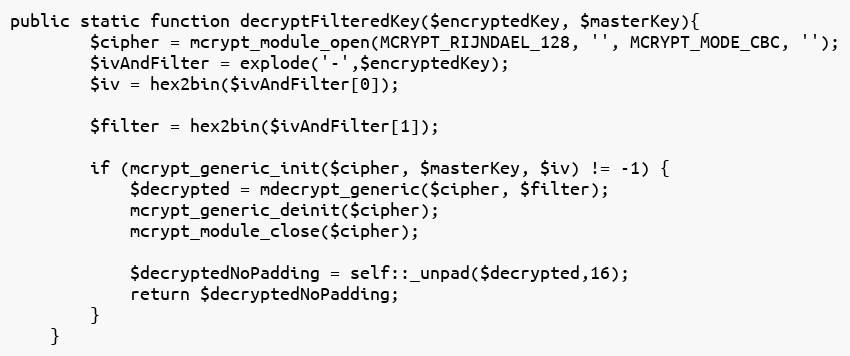
Language: PHP
public static function decryptFilteredKey($encryptedKey, $masterKey){
        $cipher = mcrypt_module_open(MCRYPT_RIJNDAEL_128, '', MCRYPT_MODE_CBC, '');
        $ivAndFilter = explode('-',$encryptedKey);
        $iv = hex2bin($ivAndFilter[0]);

        $filter = hex2bin($ivAndFilter[1]);

        if (mcrypt_generic_init($cipher, $masterKey, $iv) != -1) {
            $decrypted = mdecrypt_generic($cipher, $filter);
            mcrypt_generic_deinit($cipher);
            mcrypt_module_close($cipher);

            $decryptedNoPadding = self::_unpad($decrypted,16);
            return $decryptedNoPadding;
        }
    }